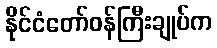
နိုင်ငံတော်ဝန်ကြီးချုပ်က